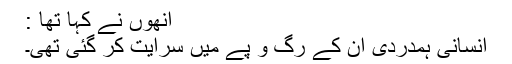
انھوں نے کہا تھا :
انسانی ہمدردی ان کے رگ و پے میں سرایت کر گئی تھی۔